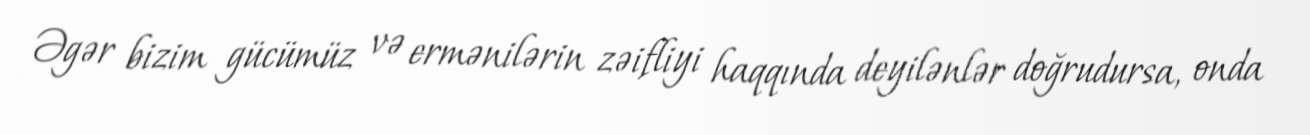
Əgər bizim gücümüz və ermənilərin zəifliyi haqqında deyilənlər doğrudursa, onda